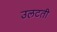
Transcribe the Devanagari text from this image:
उलटती